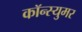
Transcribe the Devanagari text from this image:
कॉन्स्युमर